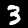
Label: 3